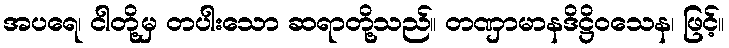
အပရေ၊ ငါတို့မှ တပါးသော ဆရာတို့သည်။ တဏှာမာနဒိဋ္ဌိဝသေန၊ ဖြင့်။